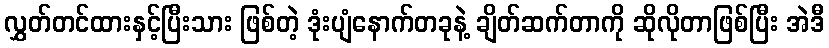
လွှတ်တင်ထားနှင့်ပြီးသား ဖြစ်တဲ့ ဒုံးပျံနောက်တခုနဲ့ ချိတ်ဆက်တာကို ဆိုလိုတာဖြစ်ပြီး အဲဒီ